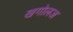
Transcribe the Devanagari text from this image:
खगोलज